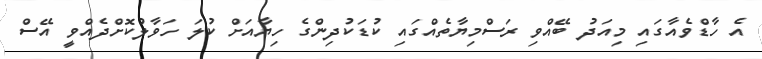
އެ ހާޑްވެއާގައި މިއަދު ބޭއްވި ރަސްމިޔާތެއްގައި ކުޑަކުދިންގެ ހިޔާއަށް ކުލަ ހަވާލުކޮށްދެއްވީ އޭސް